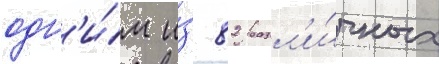
одн'и́м и́з 82 разл'и́чных